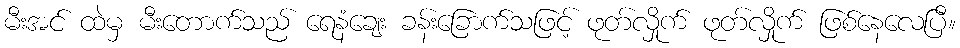
မီးအင် ထဲမှ မီးတောက်သည် ရေနံချေး ခန်းခြောက်သဖြင့် ဖုတ်လှိုက် ဖုတ်လှိုက် ဖြစ်နေလေပြီ။